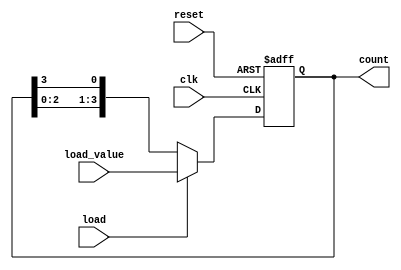
module LoadableRingCounter (
    input wire clk,          // Clock signal
    input wire reset,        // Asynchronous reset signal
    input wire load,         // Load control signal
    input wire [N-1:0] load_value, // Value to load into the counter
    output reg [N-1:0] count // Current state of the counter
);
    parameter N = 4; // Number of bits (flip-flops) in the counter

    always @(posedge clk or posedge reset) begin
        if (reset) begin
            // Asynchronous reset to all zeros
            count <= {N{1'b0}};
        end else if (load) begin
            // Load the specified value into the counter
            count <= load_value;
        end else begin
            // Normal counting operation (shift)
            count <= {count[N-2:0], count[N-1]}; // Shift left and wrap around
        end
    end
endmodule